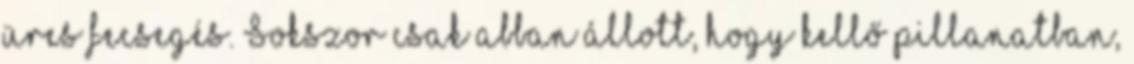
üres fecsegés. Sokszor csak abban állott, hogy kellő pillanatban,